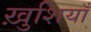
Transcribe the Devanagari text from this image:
ख़ुशियाँ